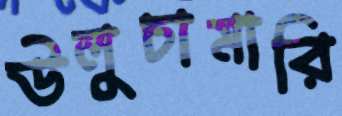
উলুচামারি